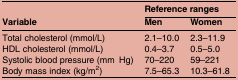
<table><thead><tr><td rowspan="2"><b>Variable</b></td><td colspan="2"><b>Reference ranges</b></td></tr><tr><td><b>Men</b></td><td><b>Women</b></td></tr></thead><tbody><tr><td>Total cholesterol (mmol/L)</td><td>2.1–10.0</td><td>2.3–11.9</td></tr><tr><td>HDL cholesterol (mmol/L)</td><td>0.4–3.7</td><td>0.5–5.0</td></tr><tr><td>Systolic blood pressure (mmHg)</td><td>70–220</td><td>59–221</td></tr><tr><td>Body mass index (kg/m<sup>2</sup>)</td><td>7.5–65.3</td><td>10.3–61.8</td></tr></tbody></table>